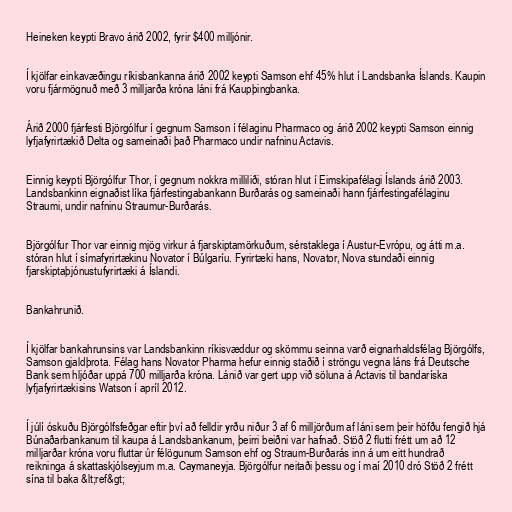
Heineken keypti Bravo árið 2002, fyrir $400 milljónir.

Í kjölfar einkavæðingu ríkisbankanna árið 2002 keypti Samson ehf 45% hlut í Landsbanka Íslands. Kaupin
voru fjármögnuð með 3 milljarða króna láni frá Kaupþingbanka.

Árið 2000 fjárfesti Björgólfur í gegnum Samson í félaginu Pharmaco og árið 2002 keypti Samson einnig
lyfjafyrirtækið Delta og sameinaði það Pharmaco undir nafninu Actavis.

Einnig keypti Björgólfur Thor, í gegnum nokkra milliliði, stóran hlut í Eimskipafélagi Íslands árið 2003.
Landsbankinn eignaðist líka fjárfestingabankann Burðarás og sameinaði hann fjárfestingafélaginu
Straumi, undir nafninu Straumur-Burðarás.

Björgólfur Thor var einnig mjög virkur á fjarskiptamörkuðum, sérstaklega í Austur-Evrópu, og átti m.a.
stóran hlut í símafyrirtækinu Novator í Búlgaríu. Fyrirtæki hans, Novator, Nova stundaði einnig
fjarskiptaþjónustufyrirtæki á Íslandi.

Bankahrunið.

Í kjölfar bankahrunsins var Landsbankinn ríkisvæddur og skömmu seinna varð eignarhaldsfélag Björgólfs,
Samson gjaldþrota. Félag hans Novator Pharma hefur einnig staðið í ströngu vegna láns frá Deutsche
Bank sem hljóðar uppá 700 milljarða króna. Lánið var gert upp við söluna á Actavis til bandaríska
lyfjafyrirtækisins Watson í apríl 2012.

Í júlí óskuðu Björgólfsfeðgar eftir því að felldir yrðu niður 3 af 6 milljörðum af láni sem þeir höfðu fengið hjá
Búnaðarbankanum til kaupa á Landsbankanum, þeirri beiðni var hafnað. Stöð 2 flutti frétt um að 12
milljarðar króna voru fluttar úr félögunum Samson ehf og Straum-Burðarás inn á um eitt hundrað
reikninga á skattaskjólseyjum m.a. Caymaneyja. Björgólfur neitaði þessu og í maí 2010 dró Stöð 2 frétt
sína til baka &lt;ref&gt;